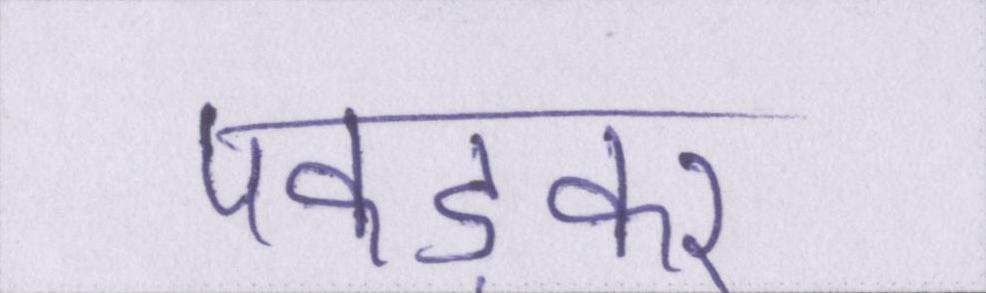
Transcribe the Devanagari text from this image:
पकड़कर